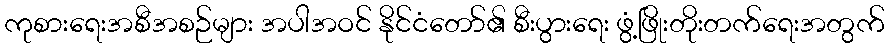
ကုစားရေးအစီအစဉ်များ အပါအဝင် နိုင်ငံတော်၏ စီးပွားရေး ဖွံ့ဖြိုးတိုးတက်ရေးအတွက်